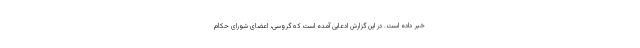
خبر داده است. در این گزارش ادعایی آمده است که گروسی، اعضای شورای حکام